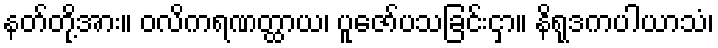
နတ်တို့အား။ ဝလိကရဏတ္ထာယ၊ ပူဇော်ပသခြင်းငှာ။ နိရုဒကပါယာသံ၊